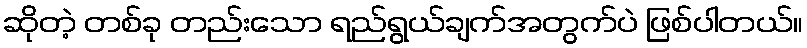
ဆိုတဲ့ တစ်ခု တည်းသော ရည်ရွယ်ချက်အတွက်ပဲ ဖြစ်ပါတယ်။